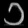
Digit: ၁